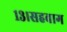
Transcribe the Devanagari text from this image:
१३।सहवाग